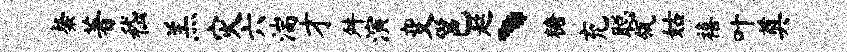
粲著嵇羔灾六湍才舛演变邕趑丶糖充聪瓴姑禧叶奠